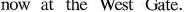
now at the West Gate.